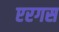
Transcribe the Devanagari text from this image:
एरगस